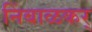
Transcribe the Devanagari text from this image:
निंबाळकर्